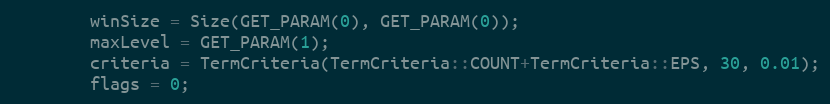
Language: C++
        winSize = Size(GET_PARAM(0), GET_PARAM(0));
        maxLevel = GET_PARAM(1);
        criteria = TermCriteria(TermCriteria::COUNT+TermCriteria::EPS, 30, 0.01);
        flags = 0;